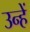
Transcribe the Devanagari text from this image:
उन्हें